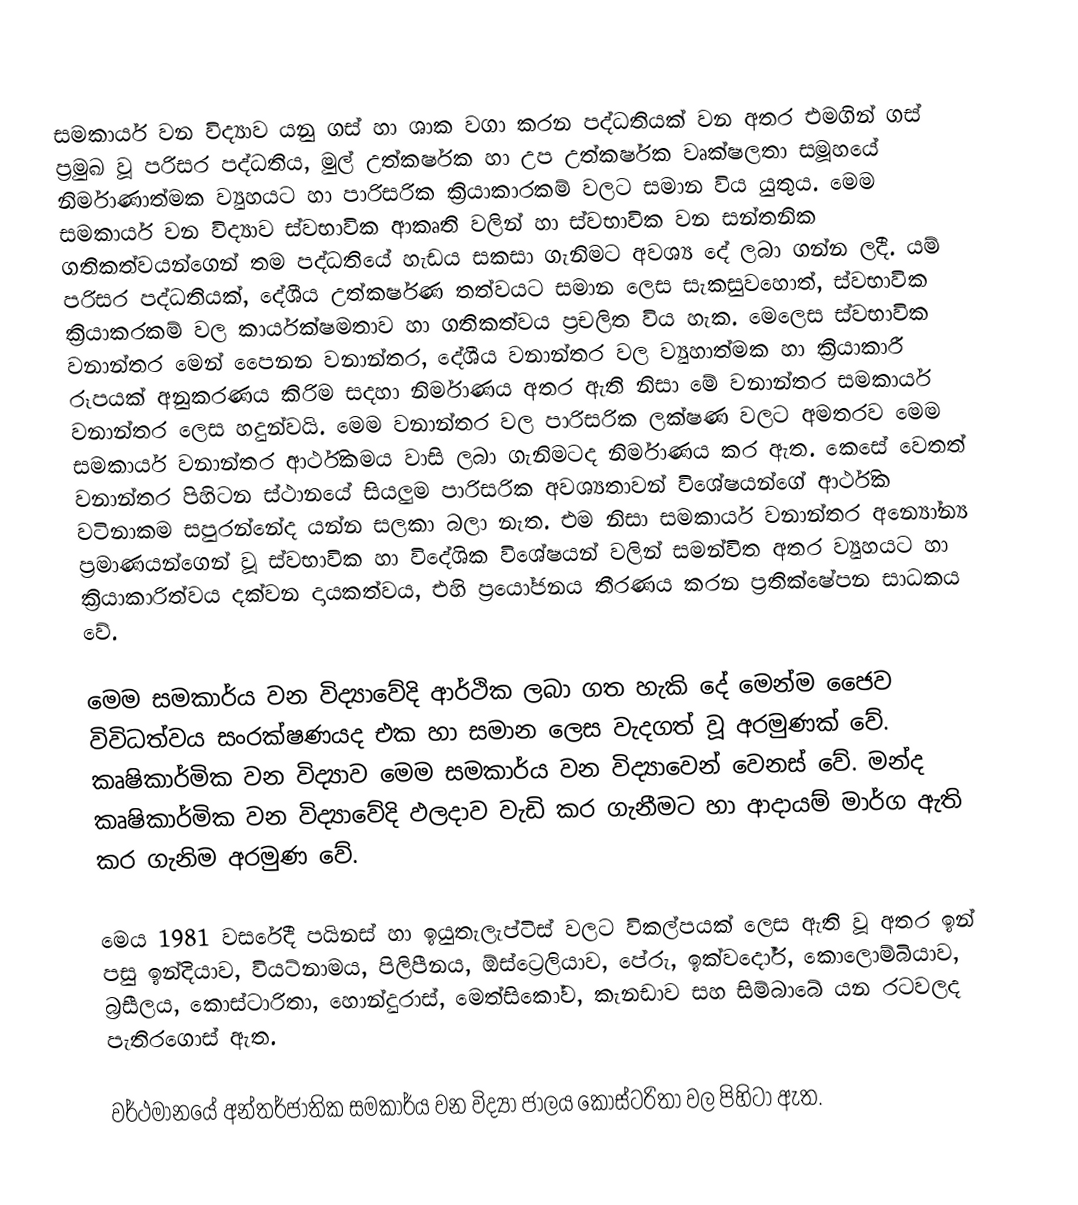
සමකාර්ය වන විද්‍යාව යනු ගස් හා ශාක වගා කරන පද්ධතියක් වන අතර එමගින් ගස්  ප්‍රමුඛ  වූ පරිසර පද්ධතිය, මුල් උත්කර්ෂක හා උප උත්කර්ෂක වෘක්ෂලතා සමූහයේ නිර්මාණාත්මක ව්‍යුහයට හා පාරිසරික ක්‍රියාකාරකම් වලට සමාන විය යුතුය. මෙම සමකාර්ය වන විද්‍යාව ස්වභාවික ආකෘති වලින් හා ස්වභාවික වන සන්තනික ගතිකත්වයන්ගෙන් තම පද්ධතියේ හැඩය සකසා ගැනිමට අවශ්‍ය දේ  ලබා ගන්න ලදී. යම් පරිසර පද්ධතියක්, දේශීය උත්කර්ෂණ තත්වයට සමාන ලෙස සැකසුවහොත්,  ස්වභාවික ක්‍රියාකරකම් වල කාර්යක්ෂමතාව හා ගතිකත්වය ප්‍රචලිත විය හැක. මෙලෙස ස්වභාවික වනාන්තර මෙන් පෙ‍ෙනන වනාන්තර, දේශීය වනාන්තර වල ව්‍යුහාත්මක හා ක්‍රියාකාරී රූපයක් අනුකරණය කිරිම සදහා නිර්මාණය අතර ඇති නිසා මේ වනාන්තර සමකාර්ය  වනාන්තර ලෙස හදුන්වයි.  මෙම වනාන්තර වල පාරිසරික ලක්ෂණ වලට අමතරව මෙම සමකාර්ය වනාන්තර ආර්ථිකමය වාසි ලබා ගැනිමටද  නිර්මාණය කර ඇත. කෙසේ වෙතත් වනාන්තර පිහිටන  ස්ථානයේ සියලුම පාරිසරික අවශ්‍යතාවන් විශේෂයන්ගේ ආර්ථික වටිනාකම සපුරන්නේද යන්න සලකා බලා නැත. එම නිසා සමකාර්ය වනාන්තර අන්‍යෝන්‍ය  ප්‍රමාණයන්ගෙන් වූ ස්වභාවික හා විදේශික විශේෂයන් වලින් සමන්විත අතර ව්‍යුහයට හා  ක්‍රියාකාරිත්වය දක්වන දායකත්වය, එහි ප්‍රයෝජනය තීරණය කරන ප්‍රතික්ෂේපන  සාධකය වේ.

මෙම සමකාර්ය වන විද්‍යාවේදි ආර්ථික ලබා ගත හැකි දේ මෙන්ම ජෛව විවිධත්වය සංරක්ෂණයද එක හා සමාන ලෙස  වැදගත් වූ අරමුණක් වේ. කෘෂිකාර්මික වන විද්‍යාව මෙම සමකාර්ය වන විද්‍යාවෙන් වෙනස් වේ. මන්ද කෘෂිකාර්මික වන  විද්‍යාවේදි ඵලදාව වැඩි කර ගැනීමට හා ආදායම් මාර්ග ඇති කර ගැනිම අරමුණ වේ.

මෙය 1981 වසරේදී පයිනස් හා ඉයුතැලැප්ටිස්  වලට විකල්පයක් ලෙස ඇති වූ අතර ඉන් පසු ඉන්දියාව, වියට්නාමය, පිලිපීනය, ඕස්ට්‍රෙලියාව, පේරු, ඉක්වදෝර්, කොලොම්බියාව, බ්‍රසීලය, කොස්ටාරිතා, හොන්දුරාස්, මෙත්සිකෝව, කැනඩාව සහ සිම්බාබේ යන රටවලද පැතිරගොස් ඇත.

වර්ථමානයේ අන්තර්ජාතික සමකාර්ය වන විද්‍යා ජාලය කොස්ටරිතා වල පිහිටා ඇත.